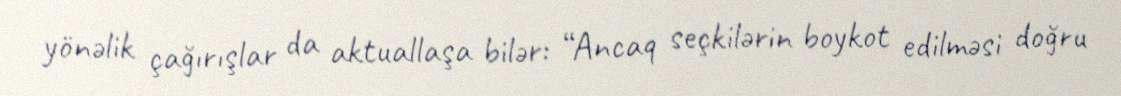
yönəlik çağırışlar da aktuallaşa bilər: “Ancaq seçkilərin boykot edilməsi doğru